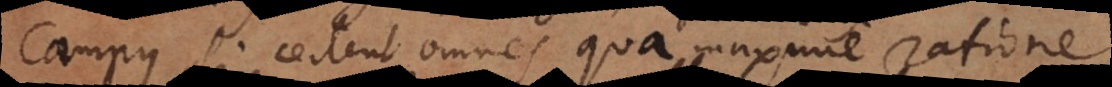
campus, si certent omnes qua maxime ratione